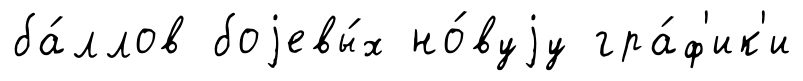
ба́ллов боjевы́х но́вуjу гра́ф'ик'и